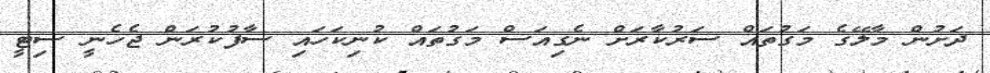
ދަށުން މާލޭގެ މަގުތައް ސަރުކާރަށް ނެގިއަސް މަގުތައް ކުނިކަހައި ސާފުކުރަން ޖެހެނީ ސިޓީ